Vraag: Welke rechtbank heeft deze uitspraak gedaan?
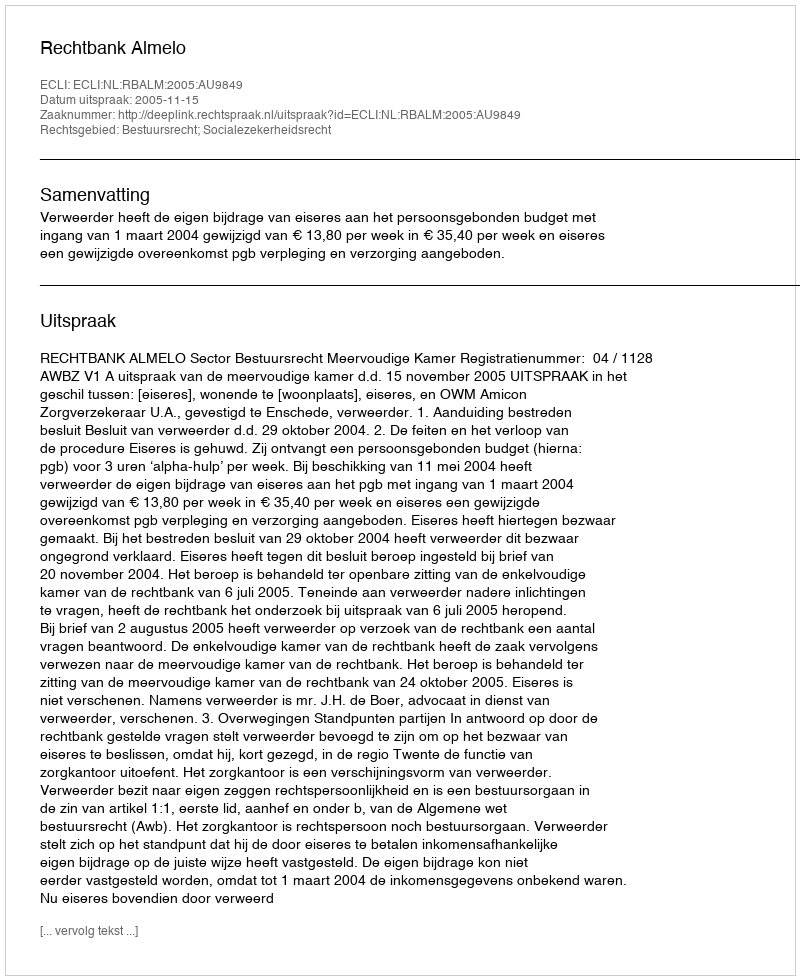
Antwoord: Rechtbank Almelo